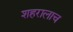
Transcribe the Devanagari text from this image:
शहरालाच